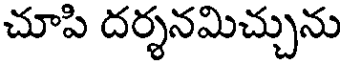
చూపి దర్శనమిచ్చును